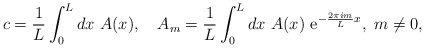
\begin{align*} c=\frac{1}{L} \int_0^L dx \ A(x), \quad A_m=\frac{1}{L} \int_0^L dx \ A(x) \ { \rm e}^{- \frac{2 \pi i m }{L} x}, \ m\neq 0,\end{align*}